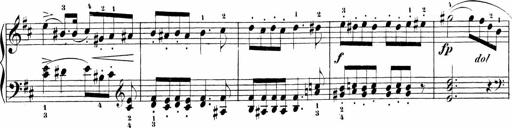
Title: Sonatinas
Composer: Andrew Violette